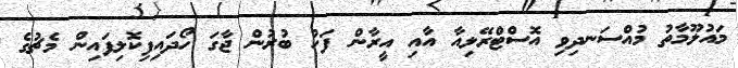
މައުލޫމާތު މުއްސަނދިވި އޮސްޓްރޭލިއާ އާއި އީރާން ފަހު ބުރުން ޖާގަ ހޯދައިފިކޮލިފައިން މެޗުގެ